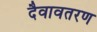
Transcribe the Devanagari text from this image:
दैवावतरण